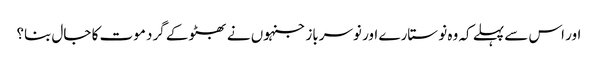
اور اس سے پہلے کہ وہ نو ستارے اور نوسرباز جنہوں نے بھٹو کے گرد موت کا جال بنا؟